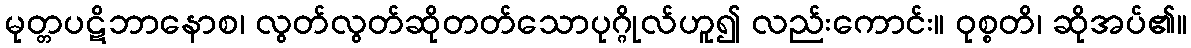
မုတ္တပဋိဘာနောစ၊ လွတ်လွတ်ဆိုတတ်သောပုဂ္ဂိုလ်ဟူ၍ လည်းကောင်း။ ဝုစ္စတိ၊ ဆိုအပ်၏။